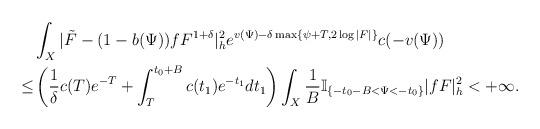
LaTeX: \begin{align*}&\int_{X}|\tilde{F}-(1-b(\Psi))fF^{1+\delta}|_{h}^2e^{v(\Psi)-\delta \max\{\psi+T,2\log|F|\}}c(-v(\Psi))\\\le & \left(\frac{1}{\delta}c(T)e^{-T}+\int^{t_0+B}_T c(t_1)e^{-t_1}dt_1\right)\int_{X}\frac{1}{B}\mathbb{I}_{\{-t_0-B<\Psi<-t_0\}} |fF|^2_h<+\infty.\end{align*}